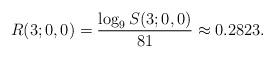
LaTeX: \begin{align*} R(3;0,0) = \frac{\log_9 S(3;0,0)}{81} \approx 0.2823. \end{align*}